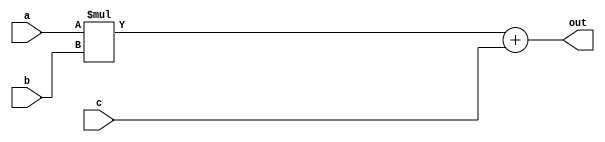
//-------------------------------------------------------
//  Functionality: A 32-bit multiply-acculumate circuit
//-------------------------------------------------------

module mac_32(a, b, c, out);
parameter DATA_WIDTH = 32;  /* declare a parameter. default required */
input [DATA_WIDTH - 1 : 0] a, b, c;
output [DATA_WIDTH - 1 : 0] out;

assign out = a * b + c;

endmodule